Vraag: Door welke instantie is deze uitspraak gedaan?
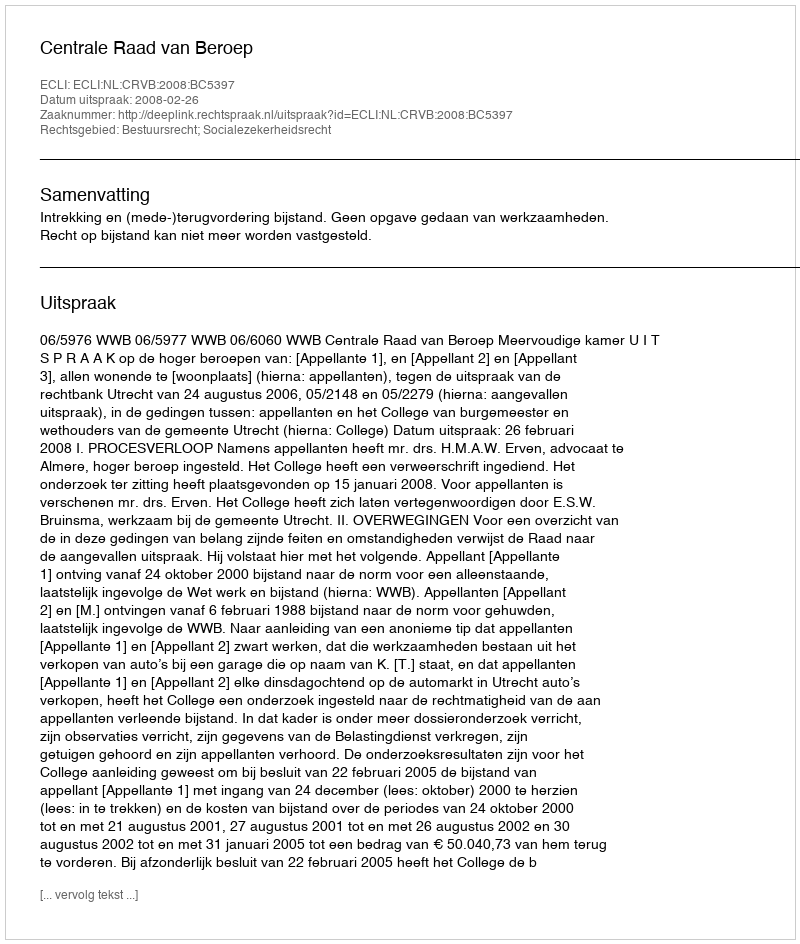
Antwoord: Centrale Raad van Beroep